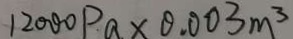
1 2 0 0 0 P a \times 0 . 0 0 3 m ^ { 3 }